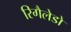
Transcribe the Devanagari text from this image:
रिगैलेडो